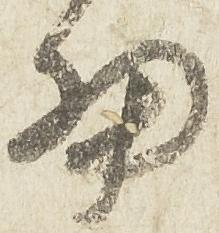
細